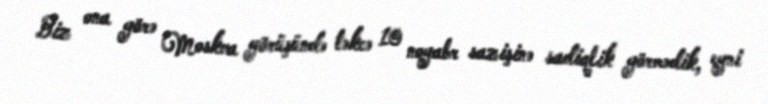
Biz ona görə Moskva görüşündə təkcə 10 noyabr sazişinə sadiqlik görmədik, eyni